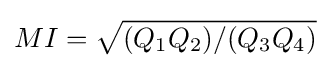
MI={\sqrt {(Q_{1}Q_{2})/(Q_{3}Q_{4})}}